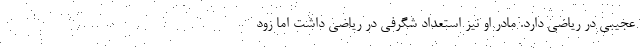
عجیبی در ریاضی دارد. مادر او نیز استعداد شگرفی در ریاضی داشت اما زود